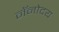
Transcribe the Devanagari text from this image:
नॅनोदय